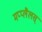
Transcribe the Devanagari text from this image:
मप्प्लैलस्